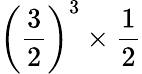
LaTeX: \left({\frac{3}{2}}\right)^{3}\times{\frac{1}{2}}